Kures,_Voldemar, lk 130
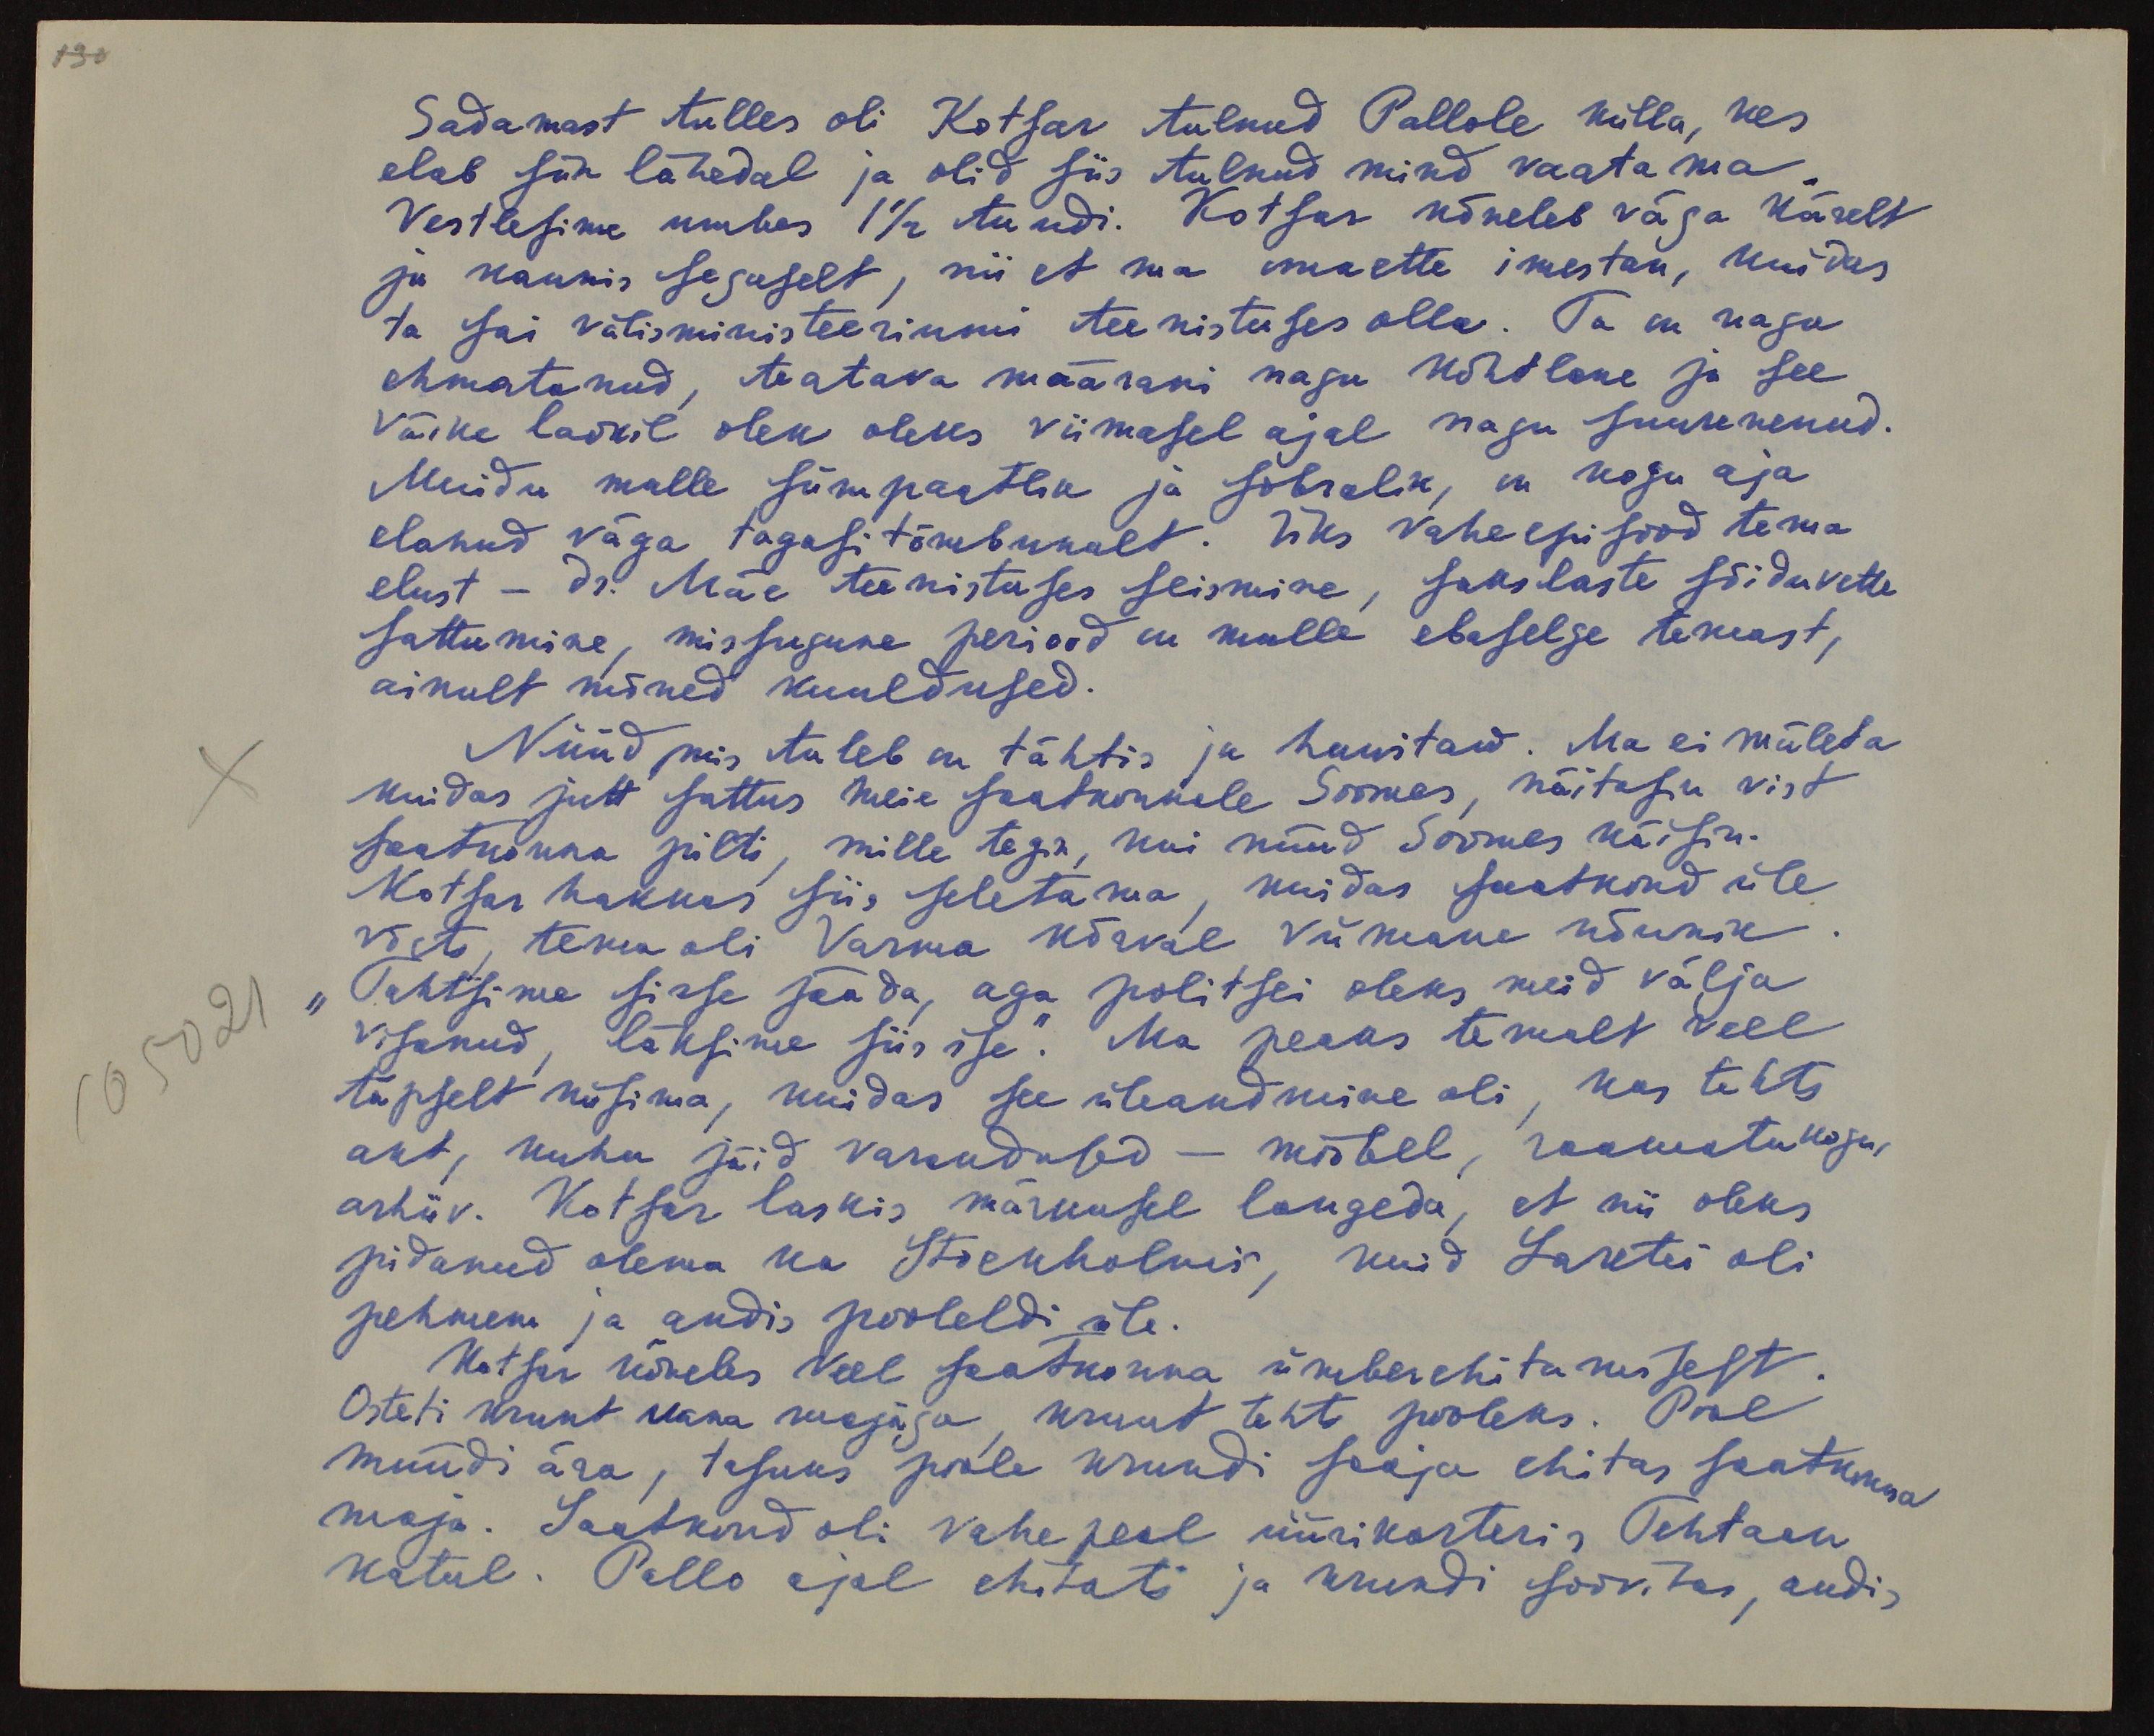
130

Sadamast tulles oli Kotsar tulnud Pallole külla, kes
elab siin lähedal ja olid siis tulnud mind vaatama.
Vestlesime umbes 1 1/2 tundi. Kotsar kõneleb väga kiirelt
ja kaunis segaselt, nii et ma omaette imestan, kuidas
ta sai välisministeeriumi teenistuses olla. Ta on nagu
ehmatanud, teatava määrani nagu kõhtlane ja see
väike laokil olek oleks viimasel ajal nagu suurenenud.
Muidu mulle sümpaatlik ja sõbralik, on kogu aja
elanud väga tagasi tõmbunult. Üks vaheepisood tema
elust - dr. Mäe teenistuses seismine, sakslaste sõiduvette
sattumine, missugune periood on mulle ebaselge temast,
ainult mõned kuuldused.
Nüüd mis tuleb on tähtis ja huwitaw. Ma ei mäleta
kuidas jutt sattus meie saatkonnale Soomes, näitasin vist
saatkonna pilti, mille tegin, kui nüüd Soomes käisin.
Kotsar hakkas siis seletama, kuidas saatkond üle
võeti, tema oli Varma kõrval viimane nõunik.
"Tahtsime sisse jääda, aga politsei oleks meid välja
visanud, läksime siis ise." Ma peaks temalt veel
täpselt küsima, kuidas see üleandmine oli, kas tehti
akt, kuhu jäid varandused - mööbel, raamatukogu,
arhiiv. Kotsar laskis märkusel langeda, et nii oleks
pidanud olema ka Stockholmis, kuid Laretei oli
pehmem ja andis pooleldi üle.
Kotsar kõneles veel saatkonna ümberehitamisest.
Osteti krunt vana majaga, krunt tehti pooleks. Pool
müüdi ära, tasuks poole krundi saaja ehitas saatkonna
maja. Saatkond oli vahepeal üürikorteris Tehtaan
katul. Pallo ajal ehitati ja krundi soovitas, andis